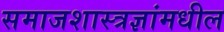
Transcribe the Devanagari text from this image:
समाजशास्त्रज्ञांमधील